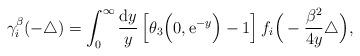
LaTeX: \begin{align*}\gamma^{\beta}_{i}(-\triangle) =\int_0^\infty {{\mathrm{d}}y\over y}\left[\theta_3\Big(0,{\mathrm{e}}^{-y}\Big)-1 \right] f_{i} \Big( -\frac{\beta^2}{4 y} \triangle \Big), \end{align*}